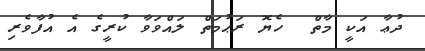
ދުޢާ އަކީ މާތް  ހެޔޮ ރަޙުމަތް ލައްވަވާ ކުރީގެ އެ އުފާވެރި